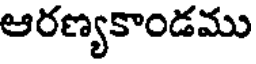
ఆరణ్యకాండము